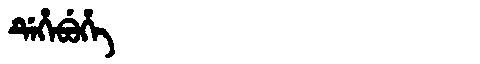
Manchu: ᡩᡝᡥᡝᠪᡠᡥᡝ
Romanization: DEHEBUHE